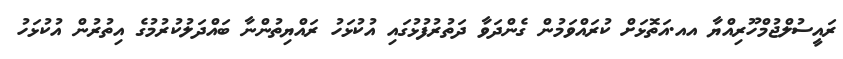
ރައީސުލްޖުމްހޫރިއްޔާ އއ.އަތޮޅަށް ކުރައްވަމުން ގެންދަވާ ދަތުރުފުޅުގައި އުކުޅަހު ރައްޔިތުންނާ ބައްދަލުކުރުމުގެ އިތުރުން އުކުޅަހު